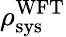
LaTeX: \rho_{\textrm{sys}}^{\textrm{WFT}}